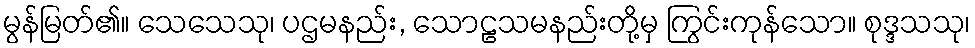
မွန်မြတ်၏။ သေသေသု၊ ပဌမနည်း, သောဠသမနည်းတို့မှ ကြွင်းကုန်သော။ စုဒ္ဒသသု၊